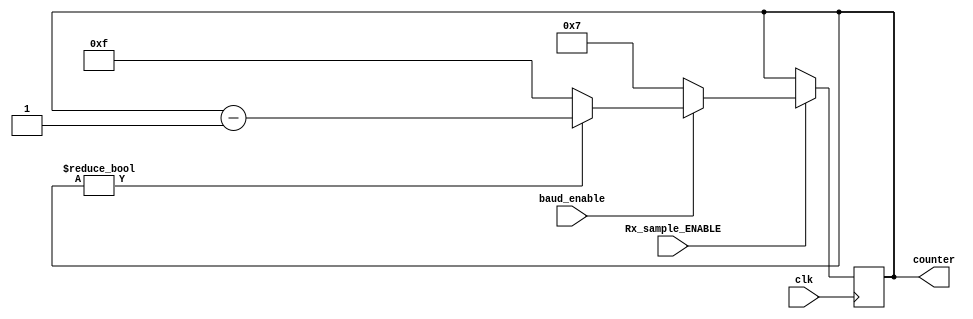
module receiver_baud(input clk, 
input Rx_sample_ENABLE, 
input baud_enable, 
output reg [5:0] counter);

    always @(posedge clk) begin
        if (Rx_sample_ENABLE) begin
            if (baud_enable) begin
                if (counter) begin
                    counter <= counter - 1'b1;
                end
                else begin
                    counter <= 6'd15;
                end
            end
            else begin
                counter <= 6'd7;
            end
        end
        else begin
            counter <= counter;
        end
    end
endmodule